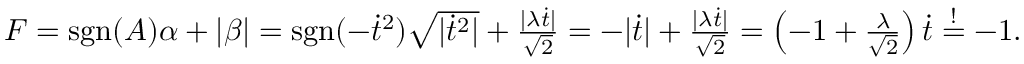
\begin{array} { r } { F = \mathrm { s g n } ( A ) \alpha + | \beta | = \mathrm { s g n } ( - \dot { t } ^ { 2 } ) \sqrt { | \dot { t } ^ { 2 } | } + \frac { | \lambda \dot { t } | } { \sqrt { 2 } } = - | \dot { t } | + \frac { | \lambda \dot { t } | } { \sqrt { 2 } } = \left( - 1 + \frac { \lambda } { \sqrt { 2 } } \right) \dot { t } \stackrel { ! } { = } - 1 . } \end{array}